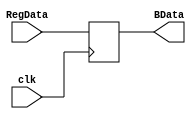
`timescale 1ns / 1ps
//////////////////////////////////////////////////////////////////////////////////
// Company: 
// Engineer: 
// 
// Design Name: 
// Module Name: ALU_B_Register
// Project Name: 
// Target Devices: 
// Tool Versions: 
// Description: 
// 
// Dependencies: 
// 
// Revision:
// Revision 0.01 - File Created
// Additional Comments:
// 
//////////////////////////////////////////////////////////////////////////////////


module ALU_B_Register(
    input clk,
    input[31:0] RegData,
    output reg[31:0] BData
    );
    always@(negedge clk)begin
        BData = RegData;
    end
endmodule